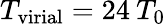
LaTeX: T_{\mathrm{virial}}=24\: T_{0}